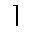
\rceil